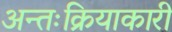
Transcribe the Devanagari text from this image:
अन्तःक्रियाकारी